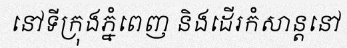
នៅទីក្រុងភ្នំពេញ និងដើរកំសាន្តនៅ